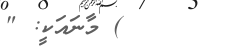
) މާނައަކީ: "